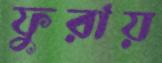
ফুরায়